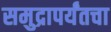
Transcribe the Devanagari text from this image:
समुद्रापर्यंतचा